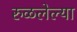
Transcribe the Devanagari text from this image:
रुळलेल्या